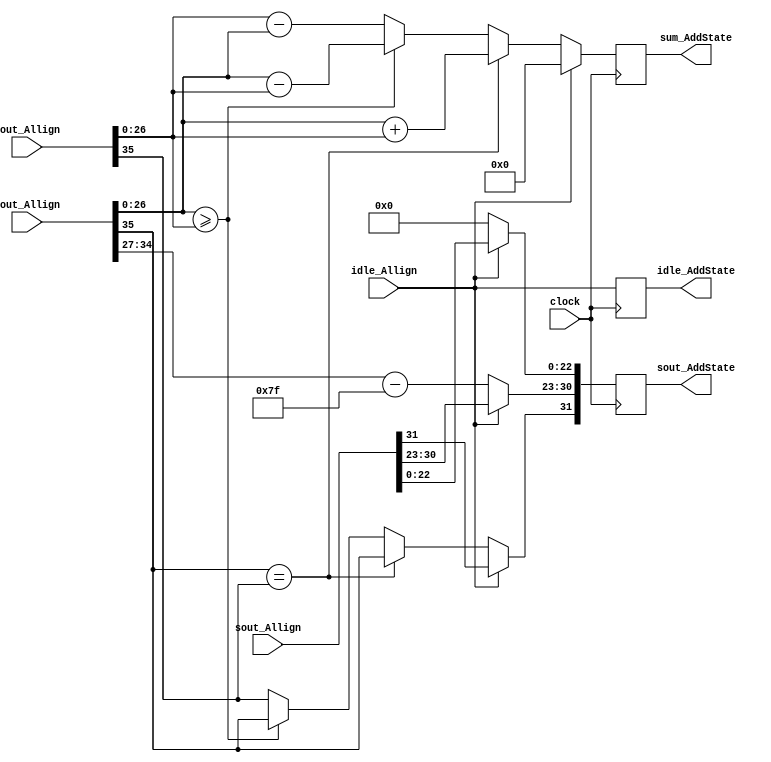
module Add(
	input idle_Allign,
	input [35:0] cout_Allign,
	input [35:0] zout_Allign,
	input [31:0] sout_Allign,
	input clock,
	output reg idle_AddState,
	output reg [31:0] sout_AddState,
	output reg [27:0] sum_AddState
    );
parameter no_idle = 1'b0,
			 put_idle = 1'b1;

wire z_sign;
wire [7:0] z_exponent;
wire [26:0] z_mantissa;

wire c_sign;
wire [7:0] c_exponent;
wire [26:0] c_mantissa;

assign z_sign = zout_Allign[35];
assign z_exponent = zout_Allign[34:27] - 127;
assign z_mantissa = {zout_Allign[26:0]};

assign c_sign = cout_Allign[35];
assign c_exponent = cout_Allign[34:27] - 127;
assign c_mantissa = {cout_Allign[26:0]};

always @ (posedge clock)
begin

	idle_AddState <= idle_Allign;
	
	if (idle_Allign != put_idle) begin
      sout_AddState[30:23] <= c_exponent;
		sout_AddState[22:0] <= 0;
      if (c_sign == z_sign) begin
         sum_AddState <= c_mantissa + z_mantissa;
         sout_AddState[31] <= c_sign;
      end else begin
			if (c_mantissa >= z_mantissa) begin
				sum_AddState <= c_mantissa - z_mantissa;
				sout_AddState[31] <= c_sign;
			end else begin
				sum_AddState <= z_mantissa - c_mantissa;
				sout_AddState[31] <= z_sign;
			end
      end		
	end
	
	else begin
		sout_AddState <= sout_Allign;
		sum_AddState <= 0;
	end
end

endmodule